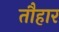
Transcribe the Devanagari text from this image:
तौहार